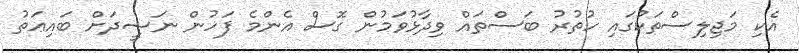
އެކި މަޖިލިސްތަކުގައި ހުތުރު ބަސްތައް ވިދާޅުވަމުން ގޮސް އެންމެ ފަހުން ނަޝީދަށް ބައިޢަތު